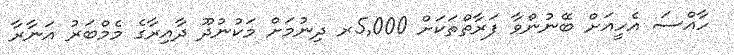
ހާއްސަ އެހީއަށް ބޭނުންވާ ފަރާތްތަކަށް 5